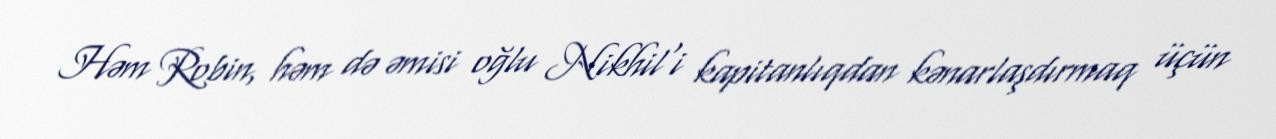
Həm Robin, həm də əmisi oğlu Nikhil'i kapitanlıqdan kənarlaşdırmaq üçün